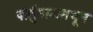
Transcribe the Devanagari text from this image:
पोर्तुगालमधून